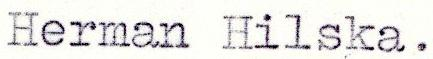
Herman Hilska.